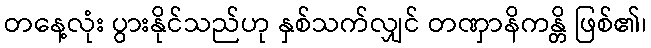
တနေ့လုံး ပွားနိုင်သည်ဟု နှစ်သက်လျှင် တဏှာနိကန္တိ ဖြစ်၏၊